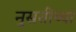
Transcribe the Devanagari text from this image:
नुस्रतीच्या